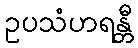
ဥပသံဟရန္တီ